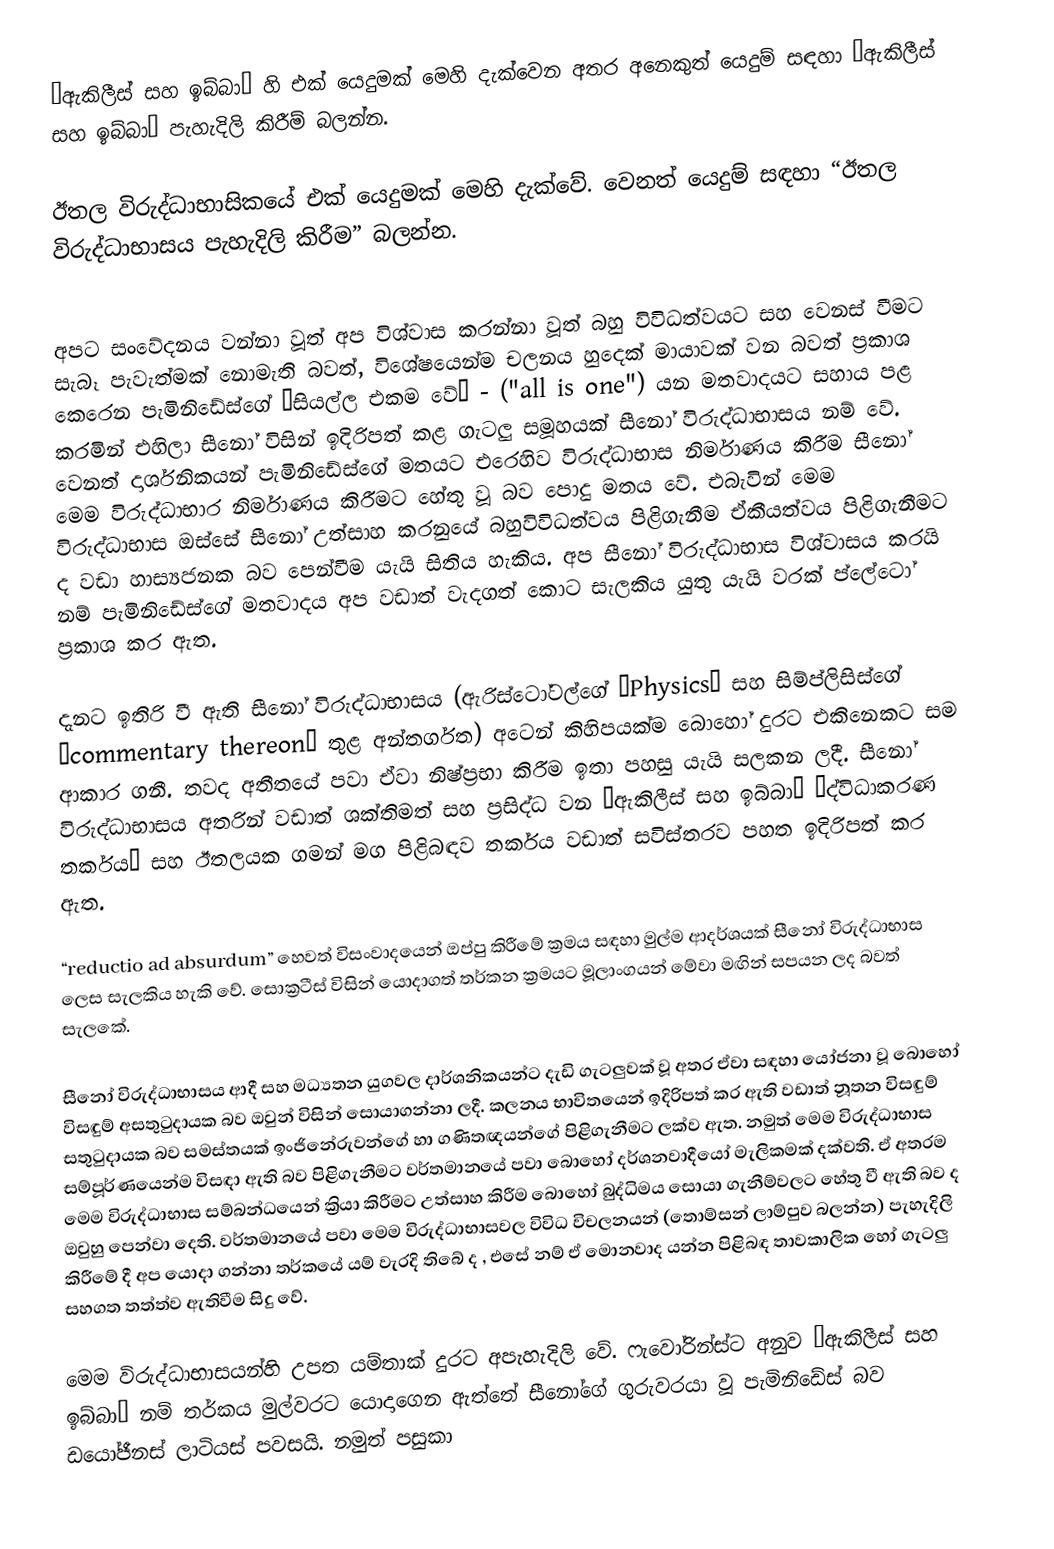
“ඇකිලීස් සහ ඉබ්බා” හි එක් යෙදුමක් මෙහි දැක්වෙන අතර අනෙකුත් යෙදුම් සඳහා “ඇකිලීස් සහ ඉබ්බා” පැහැදිලි කිරීම් බලන්න.

ඊතල විරුද්ධාභාසිකයේ එක් යෙදුමක් මෙහි දැක්වේ. වෙනත් යෙදුම් සඳහා “ඊතල විරුද්ධාභාසය පැහැදිලි කිරීම” බලන්න.

අපට සංවේදනය වන්නා වූත් අප විශ්වාස කරන්නා වූත් බහු විවිධත්වයට සහ වෙනස් වීමට සැබෑ පැවැත්මක් නොමැති බවත්, විශේෂයෙන්ම චලනය හුදෙක් මායාවක් වන බවත් ප්‍රකාශ කෙරෙන පැමිනිඩේස්ගේ ‘සියල්ල එකම වේ’ - ("all is one") යන මතවාදයට සහාය පළ කරමින් එහිලා සීනෝ විසින් ඉදිරිපත් කළ ගැටලු සමූහයක් සීනෝ විරුද්ධාභාසය නම් වේ. වෙනත් දාර්ශනිකයන් පැමිනිඩේස්ගේ මතයට එරෙහිව විරුද්ධාභාස නිර්මාණය කිරීම සීනෝ මෙම විරුද්ධාභාර නිර්මාණය කිරීමට හේතු වූ බව පොදු මතය වේ. එබැවින් මෙම විරුද්ධාභාස ඔස්සේ සීනෝ උත්සාහ කරනුයේ බහුවිවිධත්වය පිළිගැනීම ඒකීයත්වය පිළිගැනීමට ද වඩා හාස්‍යජනක බව පෙන්වීම යැයි සිතිය හැකිය. අප සීනෝ විරුද්ධාභාස විශ්වාසය කරයි නම් පැමිනිඩේස්ගේ මතවාදය අප වඩාත් වැදගත් කොට සැලකිය යුතු යැයි වරක් ප්ලේටෝ ප්‍රකාශ කර ඇත.

දැනට ඉතිරි වී ඇති සීනෝ විරුද්ධාභාසය (ඇරිස්ටෝටල්ගේ “Physics” සහ සිම්ප්ලිසිස්ගේ “commentary thereon” තුළ අන්තර්ගත) අටෙන් කිහිපයක්ම බොහෝ දුරට එකිනෙකට සම ආකාර ගනී. තවද අතීතයේ පවා ඒවා නිෂ්ප්‍රභා කිරීම ඉතා පහසු යැයි සලකන ලදී. සීනෝ විරුද්ධාභාසය අතරින් වඩාත් ශක්තිමත් සහ ප්‍රසිද්ධ වන “ඇකිලීස් සහ ඉබ්බා” “ද්විධාකරණ තර්කය” සහ ඊතලයක ගමන් මග පිළිබඳව තර්කය වඩාත් සවිස්තරව පහත ඉදිරිපත් කර ඇත.

“reductio ad absurdum” හෙවත් විසංවාදයෙන් ඔප්පු කිරීමේ ක්‍රමය සඳහා මුල්ම ආදර්ශයක් සීනෝ විරුද්ධාභාස ලෙස සැලකිය හැකි වේ. සොක්‍රටීස් විසින් යොදාගත් තර්කන ක්‍රමයට මූලාංගයන් මේවා මඟින් සපයන ලද බවත් සැලකේ.

සීනෝ විරුද්ධාභාසය ආදී සහ මධ්‍යතන යුගවල දාර්ශනිකයන්ට දැඩි ගැටලුවක් වූ අතර ඒවා සඳහා යෝජනා වූ බොහෝ විසඳුම් අසතුටුදායක බව ඔවුන් විසින් සොයාගන්නා ලදී. කලනය භාවිතයෙන් ඉදිරිපත් කර ඇති වඩාත් නූතන විසඳුම් සතුටුදායක බව සමස්තයක් ඉංජිනේරුවන්ගේ හා ගණිතඥයන්ගේ පිළිගැනීමට ලක්ව ඇත. නමුත් මෙම විරුද්ධාභාස සම්පූර්ණයෙන්ම විසඳා ඇති බව පිළිගැනීමට වර්තමානයේ පවා බොහෝ දර්ශනවාදීයෝ මැලිකමක් දක්වති. ඒ අතරම මෙම විරුද්ධාභාස සම්බන්ධයෙන් ක්‍රියා කිරීමට උත්සාහ කිරීම බොහෝ බුද්ධිමය සොයා ගැනීම්වලට හේතු වී ඇති බව ද ඔවුහු පෙන්වා දෙති. වර්තමානයේ පවා මෙම විරුද්ධාභාසවල විවිධ විචලනයන් (තොම්සන් ලාම්පුව බලන්න) පැහැදිලි කිරීමේ දී අප යොදා ගන්නා තර්කයේ යම් වැරදි තිබේ ද , එසේ නම් ඒ මොනවාද යන්න පිළිබඳ තාවකාලික හෝ ගැටලු සහගත තත්ත්ව ඇතිවීම සිදු වේ.

මෙම විරුද්ධාභාසයන්හි උපත යම්තාක් දුරට අපැහැදිලි වේ. ෆැවෝරින්ස්ට අනුව “ඇකිලීස් සහ ඉබ්බා” නම් තර්කය මුල්වරට යොදාගෙන ඇත්තේ සීනෝගේ ගුරුවරයා වූ පැමිනිඩේස් බව ඩයෝජීනස් ලාටියස් පවසයි. නමුත් පසුකා